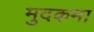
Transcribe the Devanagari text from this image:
मुदकमा